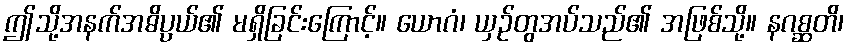
ဤသို့အနက်အဓိပ္ပယ်၏ မရှိခြင်းကြောင့်။ ယောဂံ၊ ယှဉ်တွအပ်သည်၏ အဖြစ်သို့။ နဂစ္ဆတိ၊